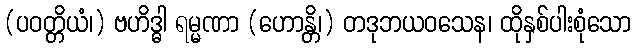
(ပဝတ္တိယံ၊) ဗဟိဒ္ဓါ ရမ္မဏာ (ဟောန္တိ၊) တဒုဘယဝသေန၊ ထိုနှစ်ပါးစုံသော